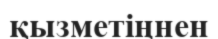
қызметіңнен